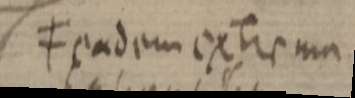
≠ eadem extrema